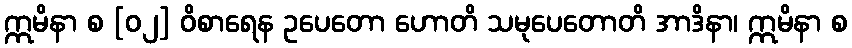
ဣမိနာ စ [၀၂] ဝိစာရေန ဥပေတော ဟောတိ သမုပေတောတိ အာဒိနာ၊ ဣမိနာ စ